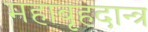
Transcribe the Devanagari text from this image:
महाबृहदान्त्र